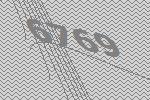
6769